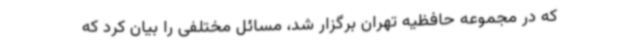
که در مجموعه حافظیه تهران برگزار شد، مسائل مختلفی را بیان کرد که